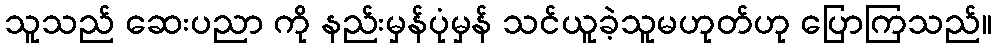
သူသည် ဆေးပညာ ကို နည်းမှန်ပုံမှန် သင်ယူခဲ့သူမဟုတ်ဟု ပြောကြသည်။